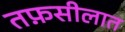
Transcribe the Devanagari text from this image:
तफ़सीलात